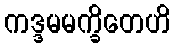
ကဒ္ဒမမက္ခိတေဟိ